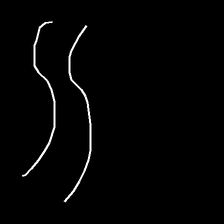
Glyph: float